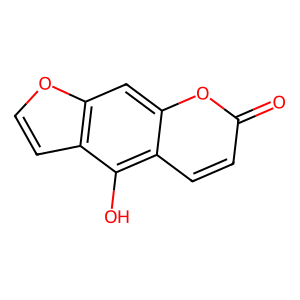
SMILES: O=c1ccc2c(O)c3ccoc3cc2o1
Inhibits HIV replication: No